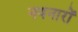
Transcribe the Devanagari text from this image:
नयनारों